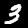
Label: 3